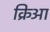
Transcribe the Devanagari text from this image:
क्रिआ